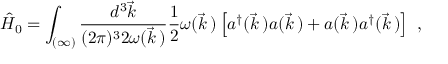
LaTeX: \hat { H } _ { 0 } = \int _ { ( \infty ) } \frac { d ^ { 3 } \vec { k } } { ( 2 \pi ) ^ { 3 } 2 \omega ( \vec { k } \, ) } \frac { 1 } { 2 } \omega ( \vec { k } \, ) \left[ a ^ { \dagger } ( \vec { k } \, ) a ( \vec { k } \, ) + a ( \vec { k } \, ) a ^ { \dagger } ( \vec { k } \, ) \right] \ ,